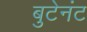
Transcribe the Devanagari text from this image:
बुटेनंट